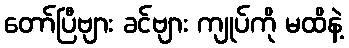
တော်ပြီဗျား ခင်ဗျား ကျုပ်ကို မထိနဲ့